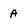
Character: A